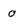
Character: 0